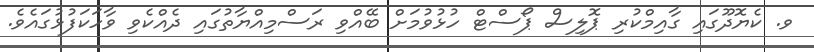
ވ. ކެޔޮދޫގައި ގާއިމްކުރި ޕޮލިސް ޕޯސްޓް ހުޅުވުމަށް ބޭއްވި ރަސްމިއްޔާތުގައި ދެއްކެވި ވާހަކަފުޅުގައެވެ.